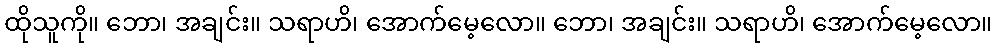
ထိုသူကို။ ဘော၊ အချင်း။ သရာဟိ၊ အောက်မေ့လော။ ဘော၊ အချင်း။ သရာဟိ၊ အောက်မေ့လော။